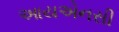
આયએનસી